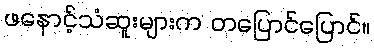
ဖနောင့်သံဆူးများက တပြောင်ပြောင်။